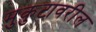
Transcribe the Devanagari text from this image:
मुकुटावरील